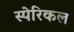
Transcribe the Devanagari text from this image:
स्पेरिकल